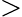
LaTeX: >